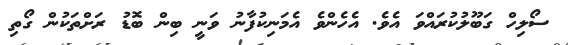
ސޯލިހް ގަބޫލުކުރައްވަ އެވެ. އެހެންވެ އެމަނިކުފާނު ވަނީ ބިން ބޮޑު ރަށްތަކުން ގޯތި